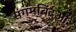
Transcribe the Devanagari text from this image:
संगमबिंदुओं